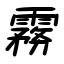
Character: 霧